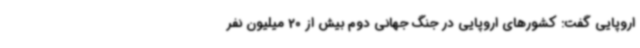
اروپایی گفت: کشورهای اروپایی در جنگ جهانی دوم بیش از 20 میلیون نفر